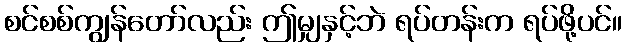
စင်စစ်ကျွန်တော်လည်း ဤမျှနှင့်ဘဲ ရပ်တန်းက ရပ်ဖို့ပင်။